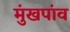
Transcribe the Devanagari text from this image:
मुंखपांव